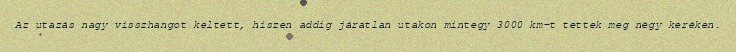
Az utazás nagy visszhangot keltett, hiszen addig járatlan utakon mintegy 3000 km-t tettek meg négy keréken.